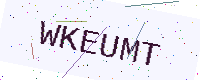
Text: WKEUMT